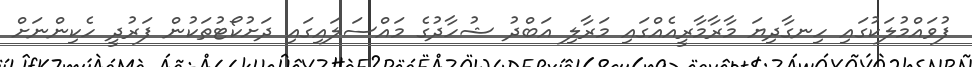
ފުވައްމުލަކުގައި ހިނގާދިޔަ މާރާމާރީއެއްގައި މަރާލި އަބްދު ޝުހާދުގެ މައްސަލައިގައި ދަށުކޯޓުތަކުން ފަރުދީ ހެކިންނަށް